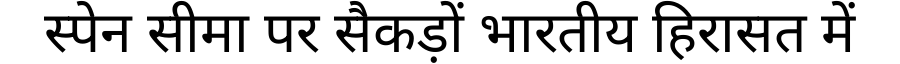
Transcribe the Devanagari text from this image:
स्पेन सीमा पर सैकड़ों भारतीय हिरासत में